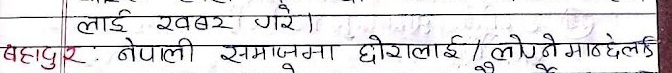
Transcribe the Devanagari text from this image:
लाई खबर गरे।
बहादुर: नेपाली रंगजम्मा छोरालाई / छोरी माठ्ठेलाई